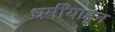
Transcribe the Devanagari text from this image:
धर्मींयाहून